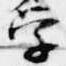
学